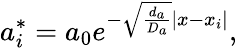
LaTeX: a_{i}^{*}=a_{0}e^{-\sqrt{\frac{d_{a}}{D_{a}}}\left|x-x_{i}\right|},